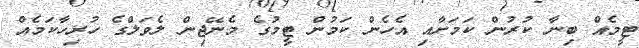
ޓީމެއް ބިނާ ކުރުން ކަމަށާއި އެހެން ކަމުން ޓީމުގެ މެނޭޖިން ލެވަލްގެ ހުރިހާކަމެއް